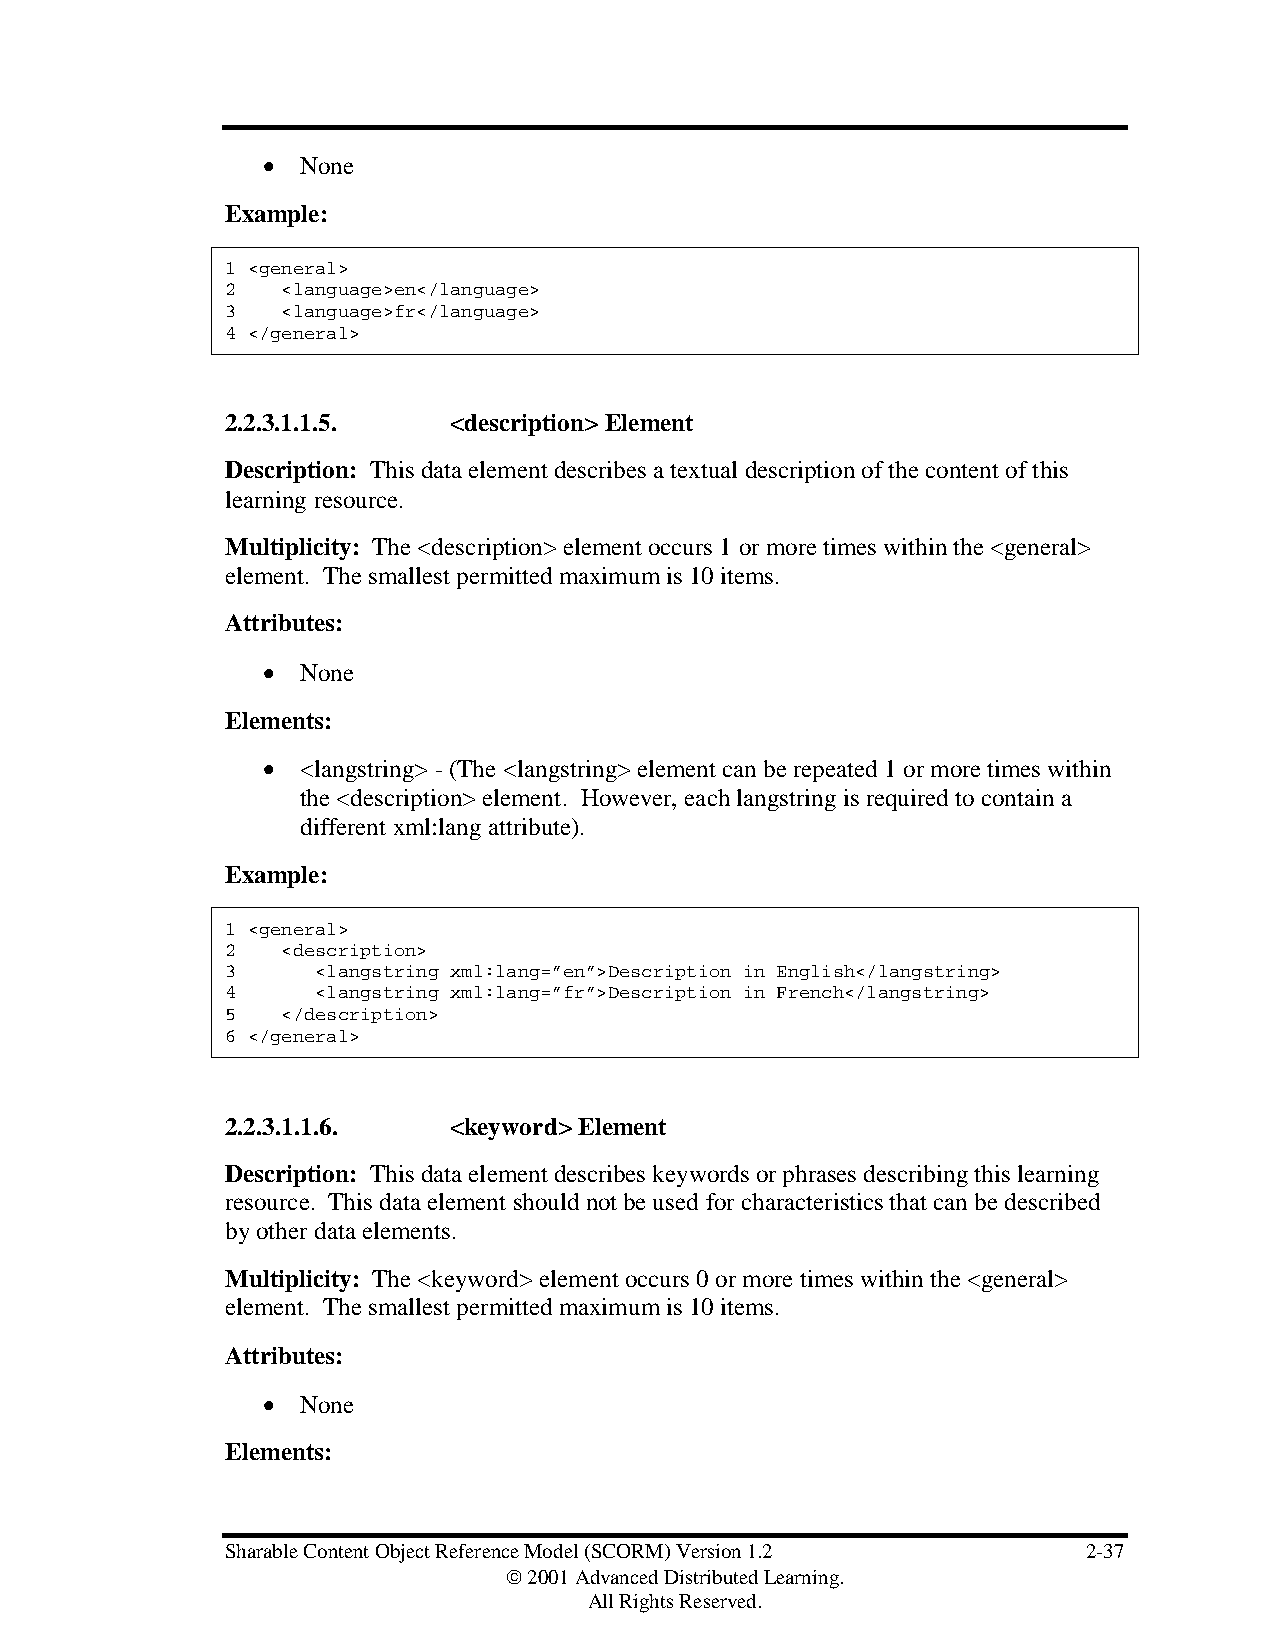
•  None
 Example:
 1 <general>
 2   <language>en</language>
 3   <language>fr</language>
 4 </general>
 2.2.3.1.1.5.   <description> Element
 Description: This data element describes a textual description of the content of this
 learning resource.
 Multiplicity: The <description> element occurs 1 or more times within the <general>
 element. The smallest permitted maximum is 10 items.
 Attributes:
 •  None
 Elements:
 •  <langstring> - (The <langstring> element can be repeated 1 or more times within
 the <description> element. However, each langstring is required to contain a
 different xml:lang attribute).
 Example:
 1 <general>
 2   <description>
 3     <langstring xml:lang=”en”>Description in English</langstring>
 4     <langstring xml:lang=”fr”>Description in French</langstring>
 5   </description>
 6 </general>
 2.2.3.1.1.6.   <keyword> Element
 Description: This data element describes keywords or phrases describing this learning
 resource. This data element should not be used for characteristics that can be described
 by other data elements.
 Multiplicity: The <keyword> element occurs 0 or more times within the <general>
 element. The smallest permitted maximum is 10 items.
 Attributes:
 •  None
 Elements:
 Sharable Content Object Reference Model (SCORM) Version 1.2 2-37
  2001 Advanced Distributed Learning.
 All Rights Reserved.